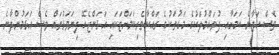
ވެސް ހަދާނެ ކަމަށާއި ފުވައްމުލަކުގެ މަގުތަކުގެ ރައްކާތެރިކަމަށްޓަކައި އަޅަންޖެހޭ ފިޔަވަޅުތައް ވެސް އަޅަމުންދާނެ